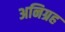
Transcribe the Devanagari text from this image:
अनिग्रह